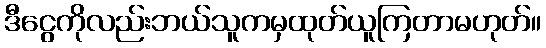
ဒီငွေကိုလည်းဘယ်သူကမှထုတ်ယူကြတာမဟုတ်။